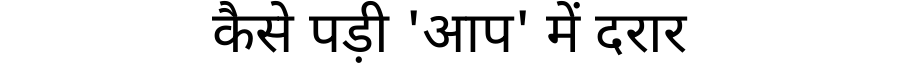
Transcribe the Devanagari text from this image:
कैसे पड़ी 'आप' में दरार